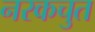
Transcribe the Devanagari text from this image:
नरकचुत